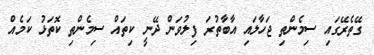
ގޭތެރޭގައި ސިމެންތި ޖަހާލައި އާބާތުރަ ފިލުވަން ދޭނީ ކިތައް ސިމެންތި ކޮތަޅު ކަމެއް